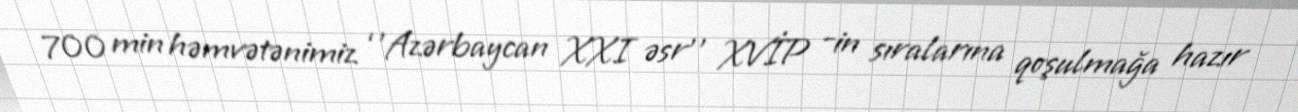
700 min həmvətənimiz ‘’Azərbaycan XXI əsr’’ XVİP -in sıralarına qoşulmağa hazır